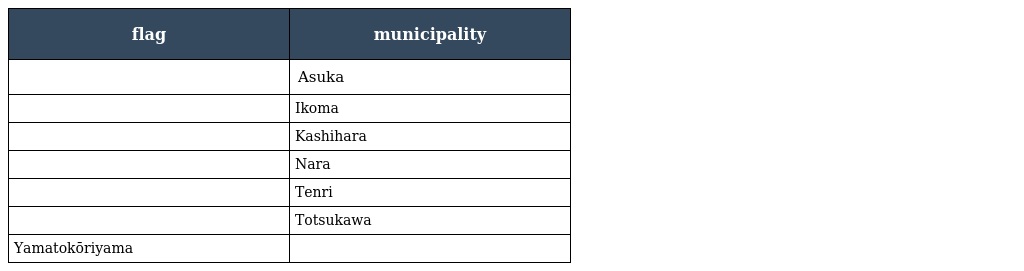
| flag | municipality |
 | --- | --- |
 |  | Asuka |
 |  | Ikoma |
 |  | Kashihara |
 |  | Nara |
 |  | Tenri |
 |  | Totsukawa |
 | Yamatokōriyama |  |